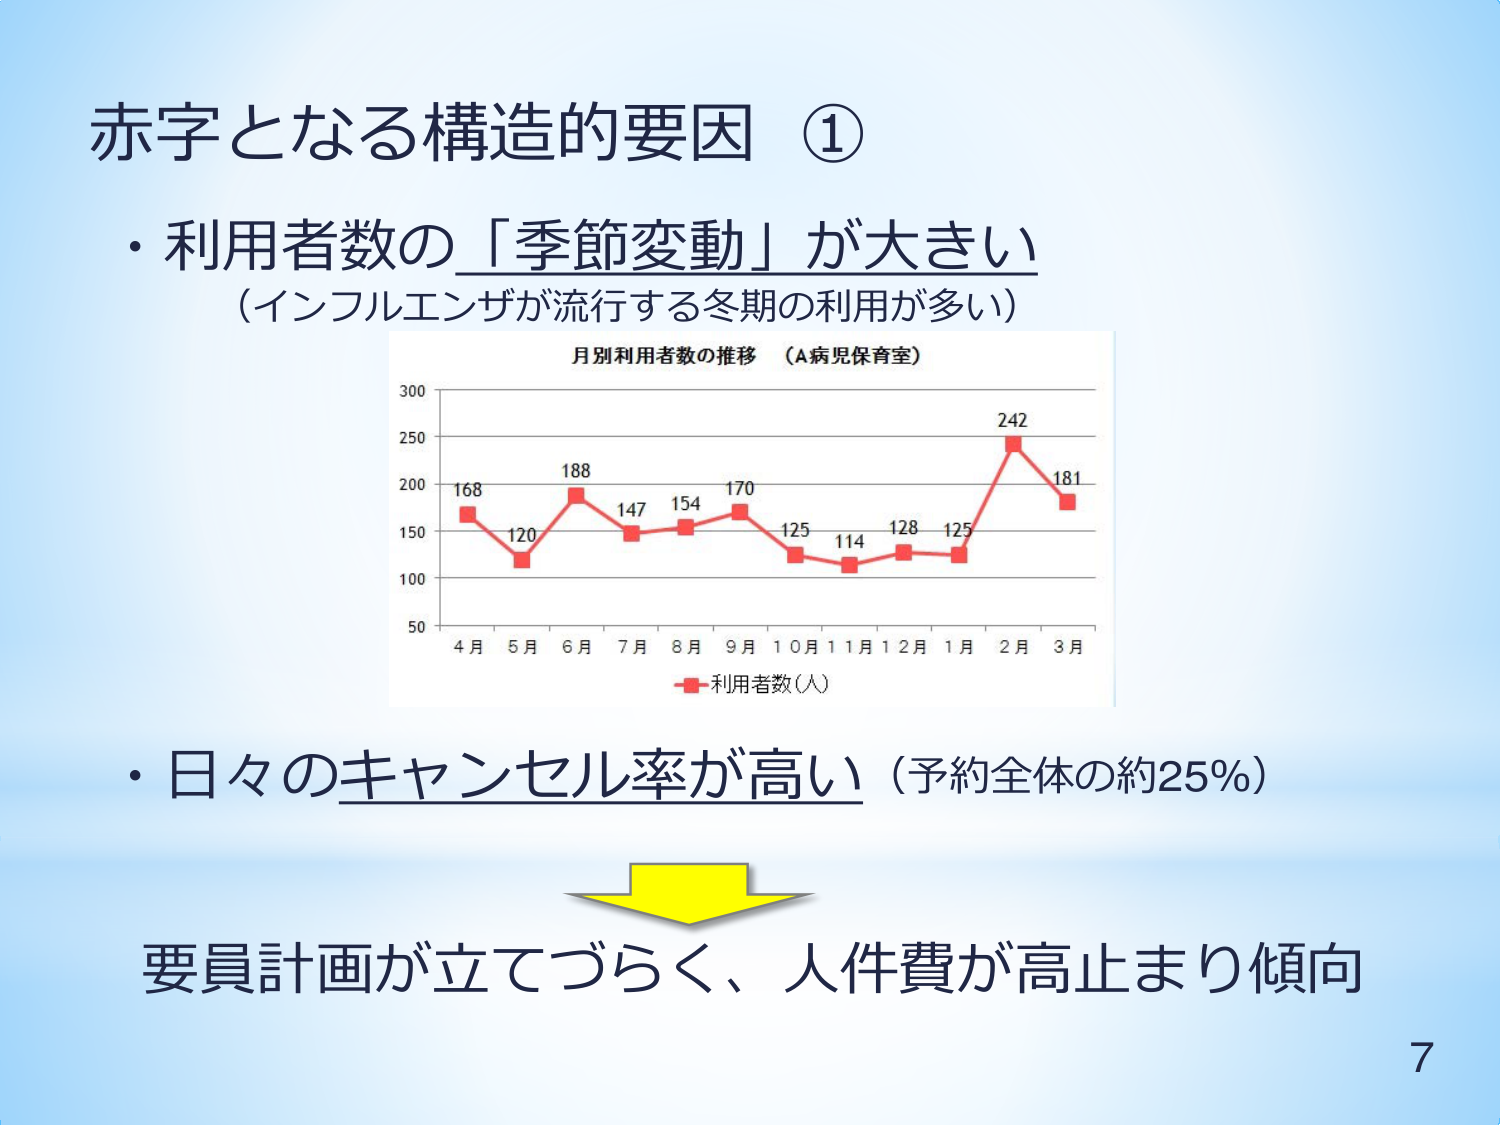
赤字となる構造的要因 ①
・利用者数の「季節変動」が大きい
（インフルエンザが流行する冬期の利用が多い）
月別利用者数の推移 （A病児保育室）
300
250
200
150
100
50
4月 5月 6月 7月 8月 9月 10月 11月 12月 1月 2月 3月
168 120 188 147 154 170 125 114 128 125 242 181
利用者数（人）
・日々のキャンセル率が高い（予約全体の約25%）
要員計画が立てづらく、人件費が高止まり傾向
7